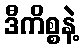
ဒီကိစ္စနဲ့